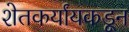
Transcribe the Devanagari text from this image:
शेतकर्यांयकडून